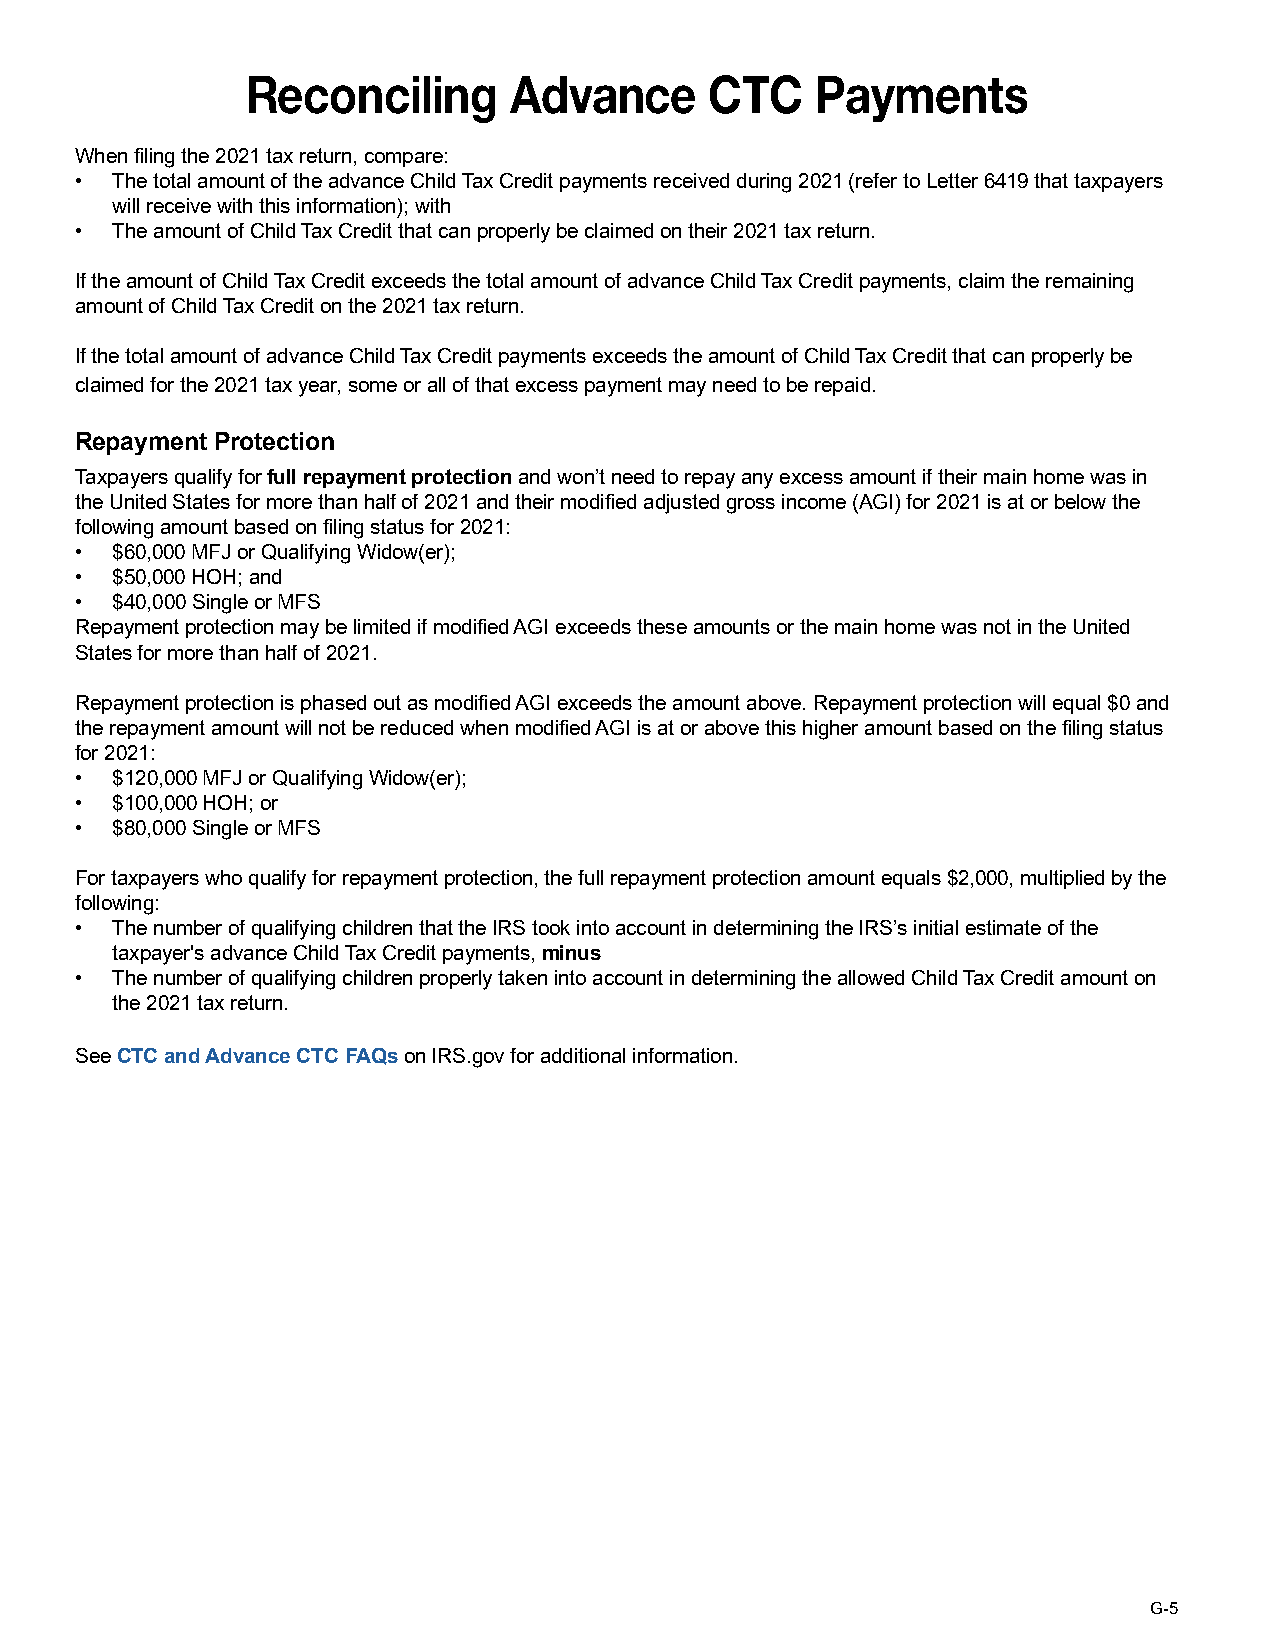
Reconciling       Advance      CTC    Payments
 When filing the 2021 tax return, compare:
 • The total amount of the advance Child Tax Credit payments received during 2021 (refer to Letter 6419 that taxpayers
 will receive with this information); with
 • The amount of Child Tax Credit that can properly be claimed on their 2021 tax return.
 If the amount of Child Tax Credit exceeds the total amount of advance Child Tax Credit payments, claim the remaining
 amount of Child Tax Credit on the 2021 tax return.
 If the total amount of advance Child Tax Credit payments exceeds the amount of Child Tax Credit that can properly be
 claimed for the 2021 tax year, some or all of that excess payment may need to be repaid.
 Repayment Protection
 Taxpayers qualify for full repayment protection and won’t need to repay any excess amount if their main home was in
 the United States for more than half of 2021 and their modified adjusted gross income (AGI) for 2021 is at or below the
 following amount based on filing status for 2021:
 • $60,000 MFJ or Qualifying Widow(er);
 • $50,000 HOH; and
 • $40,000 Single or MFS
 Repayment protection may be limited if modified AGI exceeds these amounts or the main home was not in the United
 States for more than half of 2021.
 Repayment protection is phased out as modified AGI exceeds the amount above. Repayment protection will equal $0 and
 the repayment amount will not be reduced when modified AGI is at or above this higher amount based on the filing status
 for 2021:
 • $120,000 MFJ or Qualifying Widow(er);
 • $100,000 HOH; or
 • $80,000 Single or MFS
 For taxpayers who qualify for repayment protection, the full repayment protection amount equals $2,000, multiplied by the
 following:
 • The number of qualifying children that the IRS took into account in determining the IRS’s initial estimate of the
 taxpayer's advance Child Tax Credit payments, minus
 • The number of qualifying children properly taken into account in determining the allowed Child Tax Credit amount on
 the 2021 tax return.
 See CTC and Advance CTC FAQs on IRS.gov for additional information.
 G-5